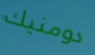
دومنيك